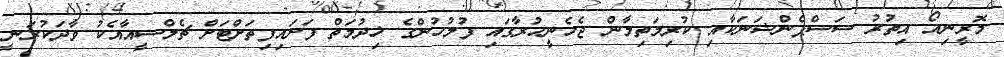
މޮރީނިއޯ އިތުރު ސަސްޕެންޝަނަކާއި ކުރިމަތިލާން ޖެހެނީހުރާގައި ފުލުހުންގެ ޚިދުމަތް ފަށައިފިތަށްޓަށް ޗެލްސީއާއެކު ވާދަކުރަނީ